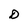
Character: D